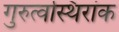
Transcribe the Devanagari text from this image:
गुरुत्वस्थिरांक